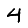
Digit: 4